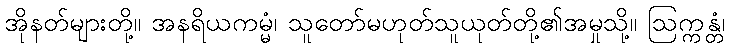
အိုနတ်များတို့။ အနရိယကမ္မံ၊ သူတော်မဟုတ်သူယုတ်တို့၏အမှုသို့။ ဩက္ကန္တံ၊